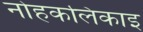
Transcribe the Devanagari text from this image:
नोहकलिकाइ